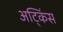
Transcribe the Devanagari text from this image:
अट्किंस